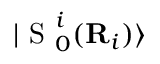
| \mathrm { ~ S ~ } _ { 0 } ^ { i } ( { \bf { R } } _ { i } ) \rangle